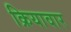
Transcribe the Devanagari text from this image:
क्रियावार